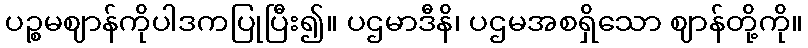
ပဉ္စမဈာန်ကိုပါဒကပြုပြီး၍။ ပဌမာဒီနိ၊ ပဌမအစရှိသော ဈာန်တို့ကို။